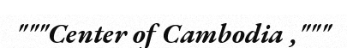
"""Center of Cambodia ,"""